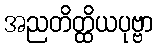
အညတိတ္ထိယပုဗ္ဗာ